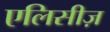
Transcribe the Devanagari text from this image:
एलिसीज़